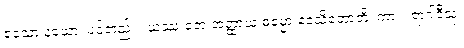
ဧသော နယော၊ ပင်တည်း။ ယဿ တေ အတ္ထာယ ဓမ္မော ဒေသိတောတိ၊ ကား။ ရာဂါဒီသု၊